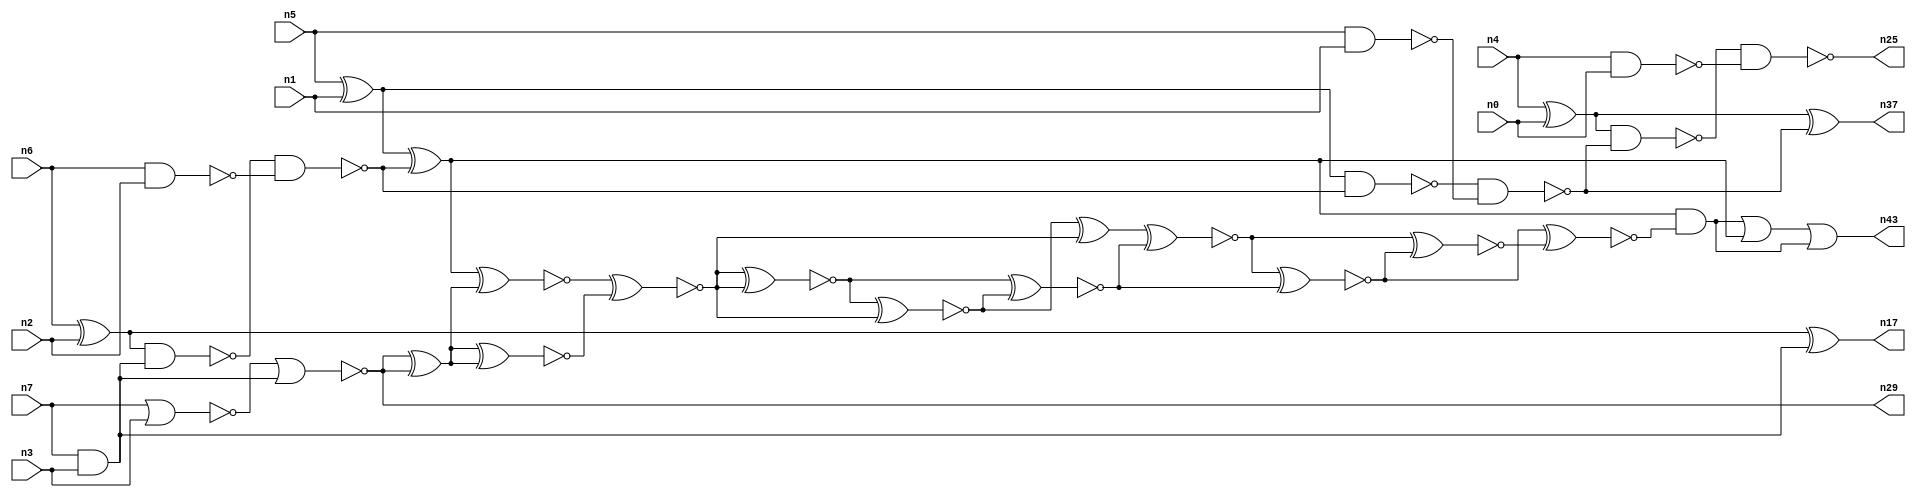
// This program was cloned from: https://github.com/umar-afzaal/ReCkt
// License: MIT License

// This file contains a pareto-optimal circuit with respect to pdp and the fault-resilince parameter p_fault which is defined as:
// "For all input vectors, the ratio of the no. of faults observable at the POs to the no. of total possible faults in the circuit".
// This code is part of the ReCkt library (https://github.com/umar-afzaal/ReCkt) distributed under The MIT License.
// When used, please cite the following article(s):
// U. Afzaal, A.S. Hassan, M. Usman and J.A. Lee, "On the Evolutionary Synthesis of Increased Fault-resilience Arithmetic Circuits".

// p_fault = 52.8 %    (Lower is better)
// gates = 36.0
// levels = 16
// area = 53.24    (For MCNC library relative to nand2)
// power = 243.3 uW    (Berkely-SIS for MCNC library @ Vdd=5V and 20 MHz clock)
// delay = 31.4 ns    (Berkely-ABC for MCNC library)
// PDP = 7.63962e-12 J

// Pin mapping:
// {n0, n1, n2, n3} = A[3:0]
// {n4, n5, n6, n7} = B[3:0]
// {n25, n37, n43, n17, n29} = O[4:0]

module addr4u_pdp_34 (
n0, n1, n2, n3, n4, n5, n6, n7, 
n25, n37, n43, n17, n29
);

input n0, n1, n2, n3, n4, n5, n6, n7;
output n25, n37, n43, n17, n29;
wire n38, n41, n20, n23, n14, n35, n22, n32, n31, n36, n33, n40, n39, n11, n34, n42, n13, n18, n30, n24, 
n9, n16, n8, n15, n10, n26, n19, n21, n27, n28, n12;

nand (n8, n6, n2);
xor (n9, n5, n1);
and (n10, n7, n3);
nor (n11, n7, n3);
xor (n12, n6, n2);
nand (n13, n4, n0);
xor (n14, n4, n0);
nand (n15, n5, n1);
nand (n16, n12, n10);
xor (n17, n12, n10);
nor (n18, n11, n10);
nand (n19, n16, n8);
nand (n20, n9, n19);
xor (n21, n9, n19);
nand (n22, n20, n15);
xor (n23, n14, n22);
nand (n24, n14, n22);
nand (n25, n24, n13);
xor (n26, n18, n18);
xnor (n27, n21, n26);
xnor (n28, n26, n26);
and (n29, n18, n18);
xnor (n30, n27, n28);
xnor (n31, n28, n27);
xnor (n32, n30, n30);
xnor (n33, n32, n31);
xor (n34, n33, n31);
xnor (n35, n32, n33);
xnor (n36, n34, n35);
or (n37, n23, n23);
xnor (n38, n36, n35);
xnor (n39, n36, n38);
xnor (n40, n38, n39);
and (n41, n21, n40);
or (n42, n41, n21);
or (n43, n42, n41);

endmodule